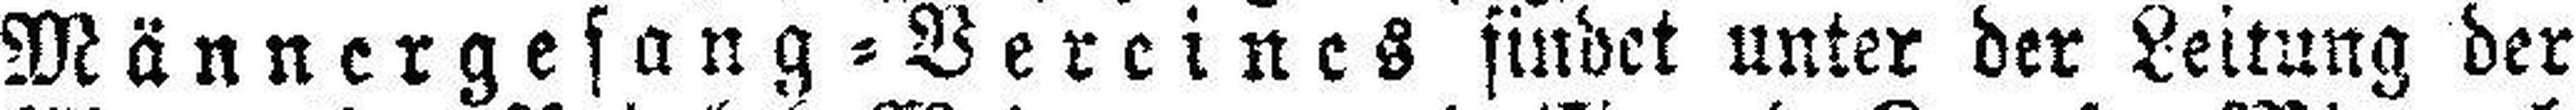
Männergesang=Vereines findet unter der Leitung der